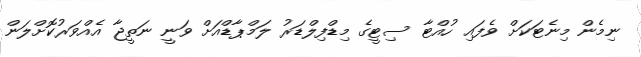
ނިމެން މިނެޓަކަށް ވެފައި ހުއްޓާ ސިޓީގެ މިޑްފިލްޑަރު ލަމްޕާޑްއަށް ވަނީ ނަތީޖާ އެއްވަރުކޮށްލަން